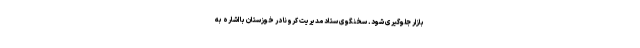
بازار جلوگیری شود. سخنگوی ستاد مدیریت کرونا در خوزستان با اشاره به